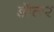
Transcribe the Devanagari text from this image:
डॅालर